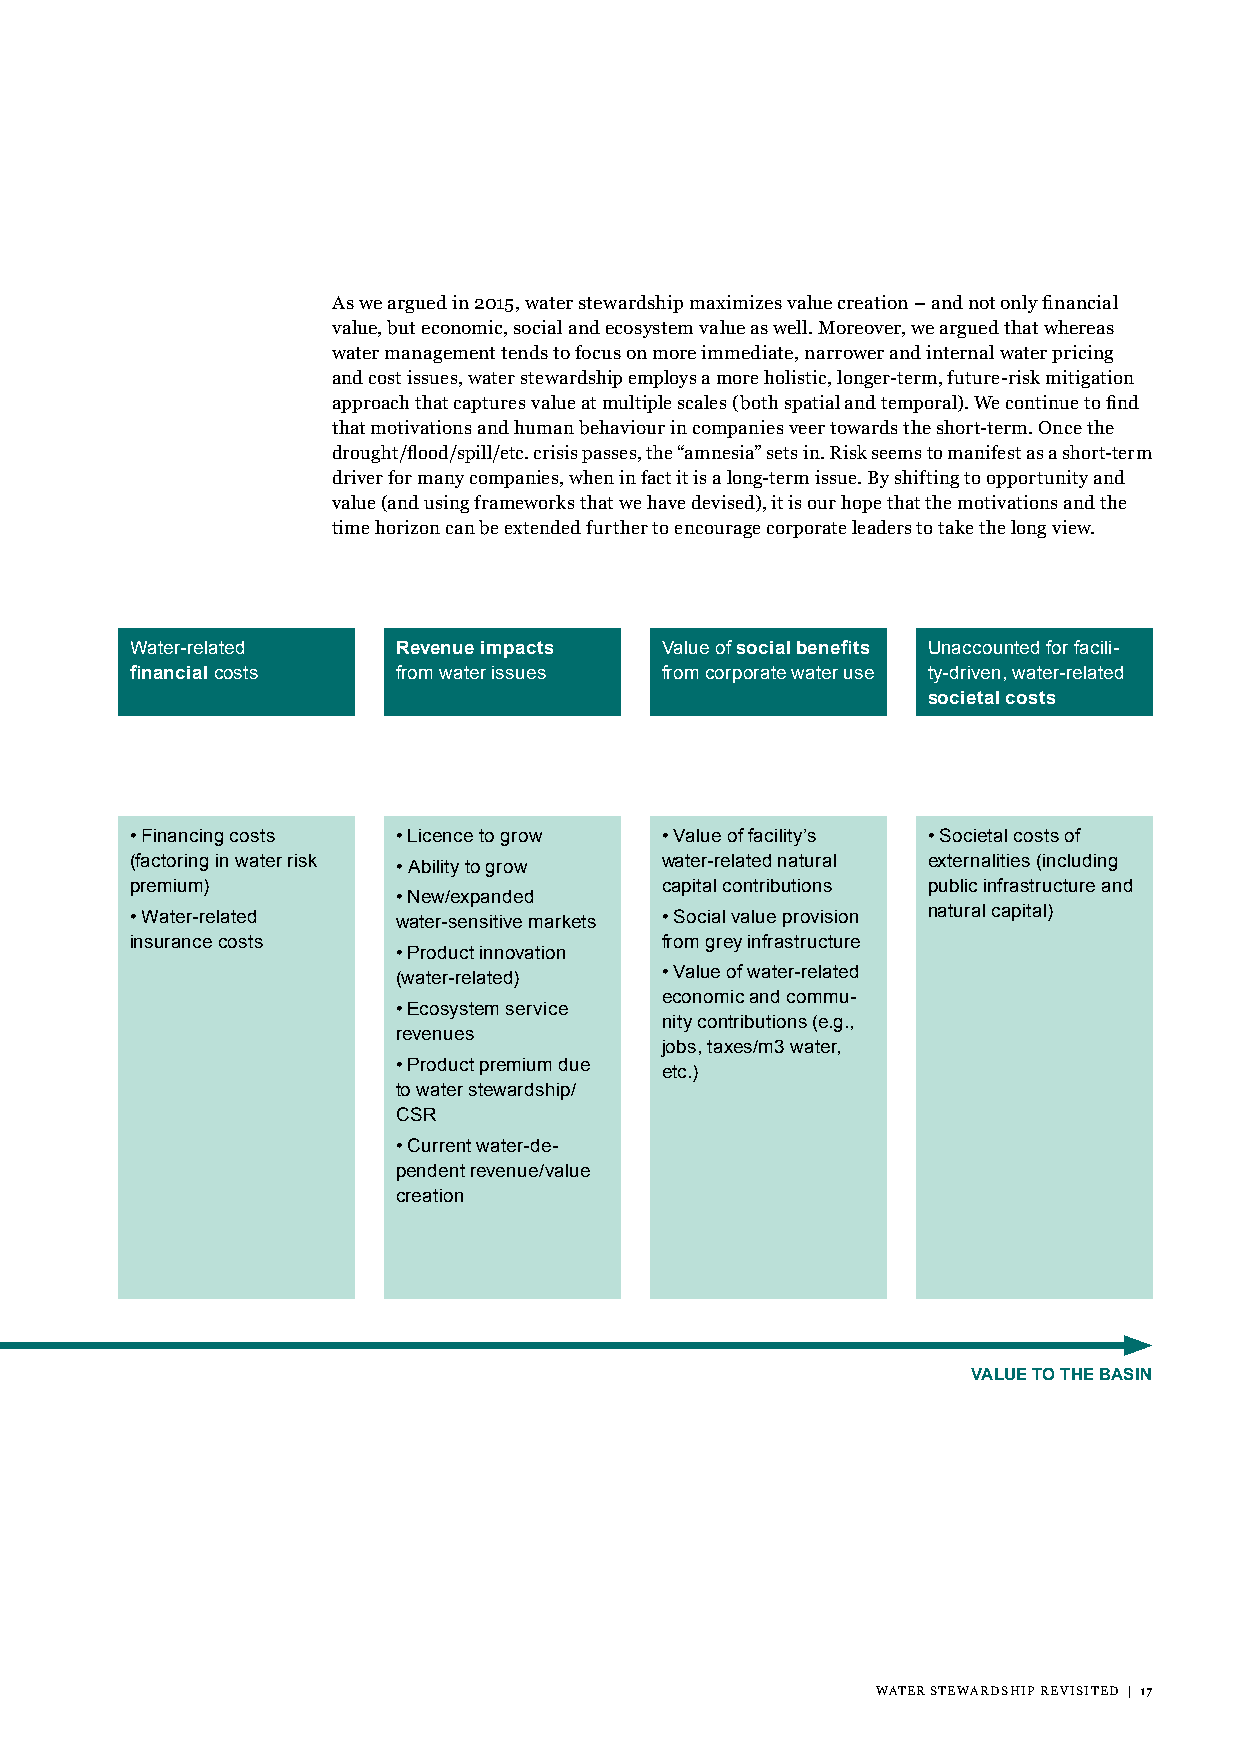
As we argued in 2015, water stewardship maximizes value creation – and not only financial
 value, but economic, social and ecosystem value as well. Moreover, we argued that whereas
 water management tends to focus on more immediate, narrower and internal water pricing
 and cost issues, water stewardship employs a more holistic, longer-term, future-risk mitigation
 approach that captures value at multiple scales (both spatial and temporal). We continue to find
 that motivations and human behaviour in companies veer towards the short-term. Once the
 drought/flood/spill/etc. crisis passes, the “amnesia” sets in. Risk seems to manifest as a short-term
 driver for many companies, when in fact it is a long-term issue. By shifting to opportunity and
 value (and using frameworks that we have devised), it is our hope that the motivations and the
 time horizon can be extended further to encourage corporate leaders to take the long view.
 Water-related    Revenue impacts   Value of social benefits Unaccounted for facili-
 financial costs  from water issues from corporate water use ty-driven, water-related
 societal costs
 • Financing costs • Licence to grow • Value of facility’s • Societal costs of
 (factoring in water risk • Ability to grow water-related natural externalities (including
 premium)                           capital contributions public infrastructure and
 • New/expanded
 • Water-related  water-sensitive markets • Social value provision natural capital)
 insurance costs                    from grey infrastructure
 • Product innovation
 (water-related)   • Value of water-related
 economic and commu-
 • Ecosystem service
 nity contributions (e.g.,
 revenues
 jobs, taxes/m3 water,
 • Product premium due
 etc.)
 to water stewardship/
 CSR
 • Current water-de-
 pendent revenue/value
 creation
 VALUE TO THE BASIN
 WATER STEWARDSHIP REVISITED | 17